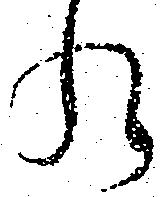
れ